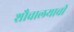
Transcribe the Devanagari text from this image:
शौचालयाची